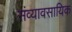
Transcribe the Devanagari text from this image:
संव्यावसायिक